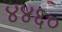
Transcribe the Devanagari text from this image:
४४६०